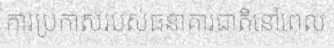
ការប្រកាសរបស់ធនាគារជាតិនៅពេល